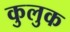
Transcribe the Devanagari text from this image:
कुलुक